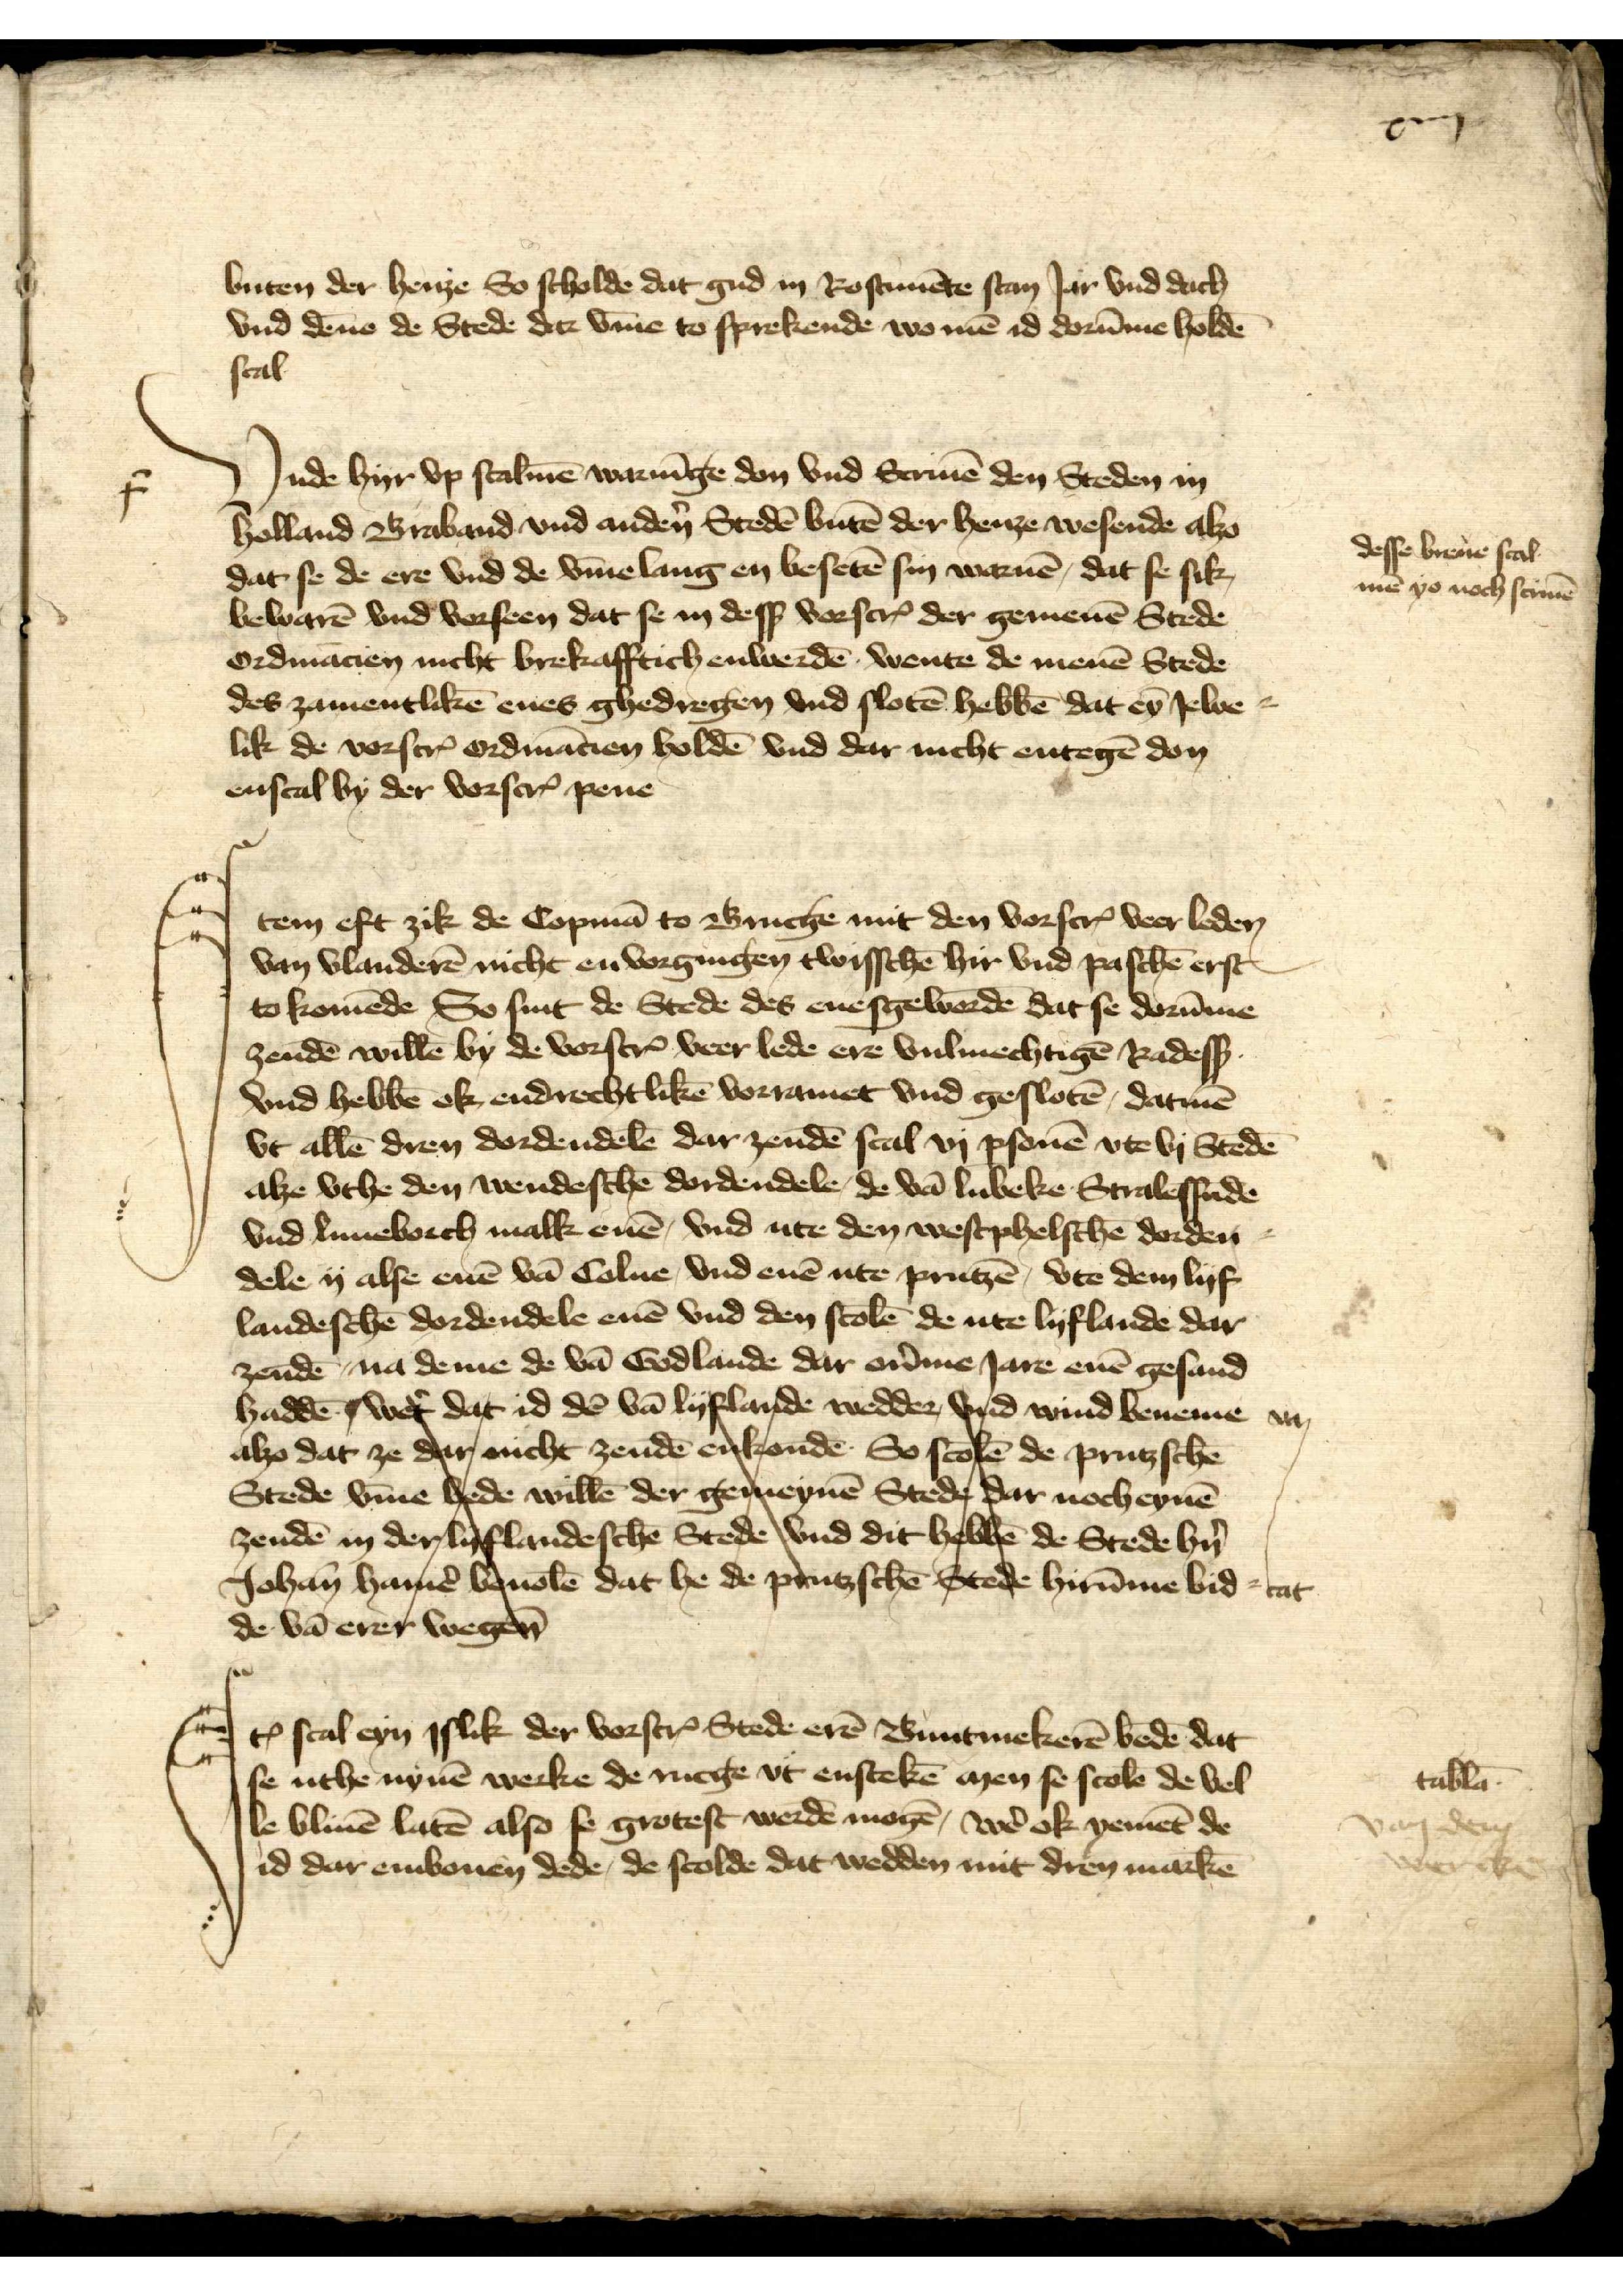
xiiij

buten der Henze So scholde dat gud in Rostimēde stan Iar vnd dach 
vnd dēne de Stede dar v̄me to sprekende wo mē id dorūme holdē 
scal

Vnde hyr vp scalmē warnīge don vnd Scrivē den Steden in 
Holland Braband vnd andẻn Steden butē der Henze wesende alzo 
dat se ere vnd de v̄melang en besetē sin warnē, dat se sik, 
bewarē vnd vorseen dat se in desß vorscȓ der gemenen Stede 
Ordinācien nicht brekafftich enwerdē wente de menē Stede 
des zamentlikē enes ghedregen vnd slotē hebbē dat eȳ Iewe=
lik de vorscȓ ordinācien holdē vnd dar nicht entegē don 
enscal by der vorscȓ pene

desse breve scal 
mē yo noch scrivē

f

Item eft zik de Copmā to Brucge mit den vorscȓ veer leden 
van Vlanderē nicht envorgingen twisschē hir vnd paschē erst 
to komēde So sint de Stede des enesgewordē dat se dorūme 
zendē willē by de vorscȓ veer lede ere vulmechtigē Rades
vnd hebbē ok, endrechtlikē vorramet vnd geslotē datmē 
vt allē dren dordendelē dar zendē scal vj ꝑsonen vte vj Stedē 
alze vthe den wendeschē dordendele, de vā Lubeke Stralessūde 
vnd Lunbeborch malk enē, vnd ute den westphelschē dorden-
dele ij alze enē vā Colne, vnd enē ute Prutzē, vte dem lyf 
landeschē dordendele enē vnd den scolē de ute lyflande dar 
zendē, na deme de vā Godlande dar oủme Iare enē gesand 
haddē, Wet̉ dat id dē vā lyflande wedder, vnd wind beneme 
alzo dat ze dar nicht zendē enkondē. So scolē de prutzschē 
Stede v̄me bede willē der gemeynē Stede dar noch eynē
zendē in der lyflandeschē Stede vnd dit hebbē de Stede h̉n
Johan Hamẻ bevolē dat he de prutzschē Stede hirūme bid-
de vā erer wegen

Iꝷ scal eyn Islik der vorscȓ Stede erē Buntmekerē bedē dat 
se uthe nynē werke de nicge vt enstekē men se scolē de vel 
le blivē latē also se grotest werdē mogē, wẻ ok yemēt de 
id dar embouen dede, de scolde dat wedden mit drey markē

tab̄la

van dem 	
wercke